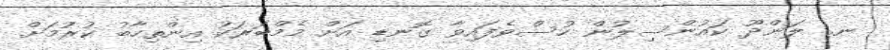
ނ. ލަންދޫ ކައުންސިލުން ހުސްވެފައިވާ ގޮނޑި އަށް މެމްބަރަކު އިންތިހާބު ކުރުމަށް